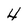
Character: 4